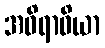
အဝိရာဓိယာ